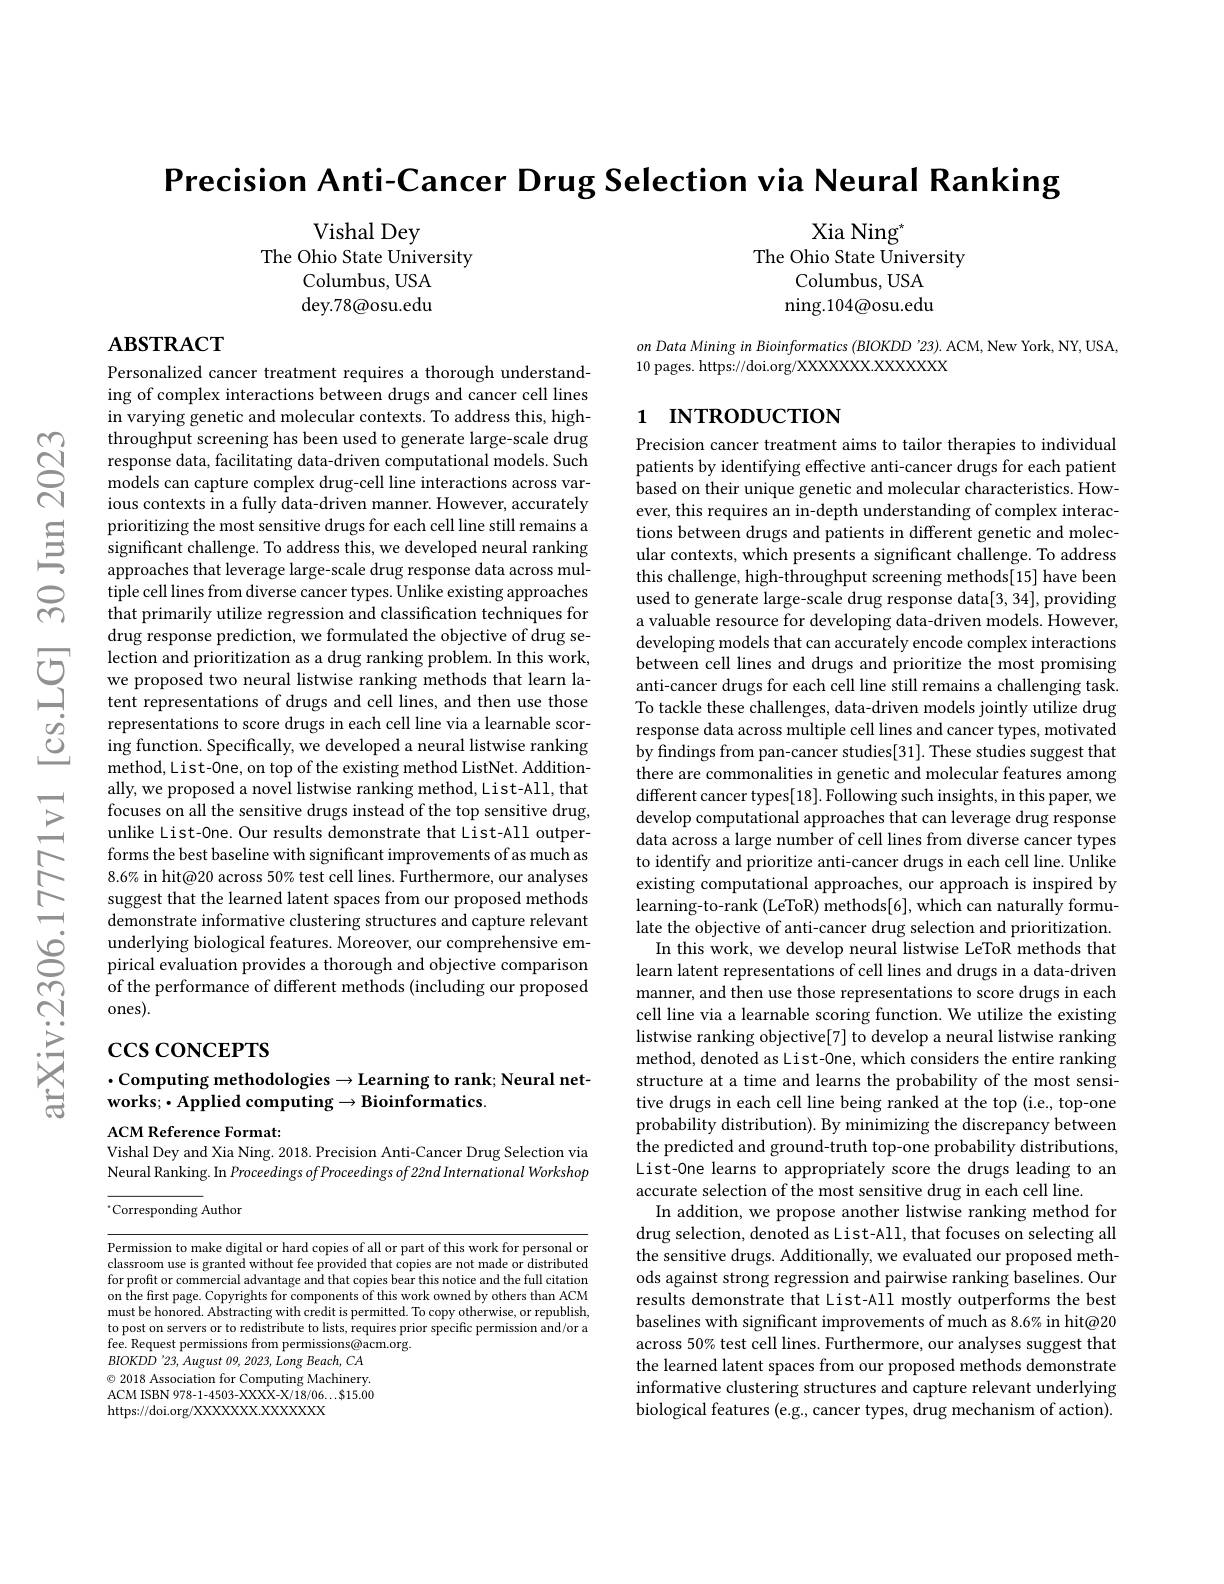
Precision Anti-Cancer Drug Selection via Neural Ranking

Vishal Dey
The Ohio State University
Columbus, USA dey. 78@ osu. edu

Xia Ning$^{*}$
The Ohio State University
Columbus, USA ning.104@osu.edu

$\mathbf{ABSTRACT}$

on Data Mining in Bioinformatics (BIOKDD '23). ACM, New York, NY, USA,
10 pages. https://doi.org/XXXXXXX.XXXXX

## 1 INTRODUCTION

Personalized cancer treatment requires a thorough understanding of complex interactions between drugs and cancer cell lines in varying genetic and molecular contexts. To address this, highthroughput screening has been used to generate large-scale drug response data, facilitating data-driven computational models. Such models can capture complex drug-cell line interactions across various contexts in a fully data-driven manner. However, accurately prioritizing the most sensitive drugs for each cell line still remains a significant challenge. To address this, we developed neural ranking approaches that leverage large-scale drug response data across multiple cell lines from diverse cancer types. Unlike existing approaches that primarily utilize regression and classification techniques for drug response prediction, we formulated the objective of drug se-
lection and prioritization as a drug rankin
representations to score drugs in each cell line via a learnable scoring function. Specifically, we developed a neural listwise ranking method,List-One, on top of the existing method ListNet. Additionally, we proposed a novel listwise ranking method, List-All, that focuses on all the sensitive drugs instead of the top sensitive drug, unlike List-0ne. Our results demonstrate that List-All outperforms the best baseline with significant improvements of as much as 8.6% in hit@20 across 50% test cell lines. Furthermore, our analyses suggest that the learned latent spaces from our proposed methods demonstrate informative clustering structures and capture relevant underlying biological features. Moreover, our comprehensive empirical evaluation provides a thorough and objective comparison of the performance of different methods (including our proposed ones).

Precision cancer treatment aims to tailor therapies to individual patients by identifying effective anti-cancer drugs for each patient based on their unique genetic and molecular characteristics. However, this requires an in-depth understanding of complex interactions between drugs and patients in different genetic and molecular contexts, which presents a significant challenge. To address this challenge, high-throughput screening methods[15] have been used to generate large-scale drug response data[3, 34], providing a valuable resource for developing data-driven models. However, developing models that can accurately encode complex interactions between cell lines and drugs and prioritize the most promising anti-cancer drugs for each cell line still remains a challenging task. To tackle these challenges, data-driven models jointly utilize drug response data across multiple cell lines and cancer types, motivated by findings from pan-cancer studies[31]. These studies suggest that there are commonalities in genetic and molecular features among different cancer types[18]. Following such insights, in this paper, we develop computational approaches that can leverage drug response data across a large number of cell lines from diverse cancer types to identify and prioritize anti-cancer drugs in each cell line. Unlike existing computational approaches, our approach is inspired by learning-to-rank (LeToR) methods[6], which can naturally formulate the objective of anti-cancer drug selection and prioritization. In this work, we develop neural listwise LeToR methods that
learn latent representations of cell lines and drugs in a data-driven manner, and then use those representations to score drugs in each cell line via a learnable scoring function. We utilize the existing listwise ranking objective[7] to develop a neural listwise ranking method, denoted as List-0ne, which considers the entire ranking structure at a time and learns the probability of the most sensitive drugs in each cell line being ranked at the top (i.e., top-one probability distribution). By minimizing the discrepancy between the predicted and ground-truth top-one probability distributions, List-0ne learns to appropriately score the drugs leading to an accurate selection of the most sensitive drug in each cell line.
In addition, we propose another listwise ranking method for drug selection, denoted as List-All, that focuses on selecting all the sensitive drugs. Additionally, we evaluated our proposed methods against strong regression and pairwise ranking baselines. Our results demonstrate that List-All mostly outperforms the best baselines with significant improvements of much as 8.6% in hit@20 across 50% test cell lines. Furthermore, our analyses suggest that the learned latent spaces from our proposed methods demonstrate informative clustering structures and capture relevant underlying biological features (e.g., cancer types, drug mechanism of action).

$\csc\cos$coNCEPTS

## $\cdot$Computing methodologies$\to$Learning to rank; Neural net- $\mathbf{works};\bullet\mathbf{Applied~computing}\to\mathbf{Bioinformatics}.$

ACM Reference Format:
Vishal Dey and Xia Ning. 2018. Precision Anti-Cancer Drug Selection via

Neural Ranking. In Proceedings $ofProceedingsof22nd$ International Workshop

$^{*}$Corresponding Author

Permission to make digital or hard copies of all or part of this work for personal or classroom use is granted without fee provided that copies are not made or distributed for profit or commercial advantage and that copies bear this notice and the full citation on the first page. Copyrights for components of this work owned by others than ACM must be honored. Abstracting with credit is permitted. To copy otherwise, or republish, to post on servers or to redistribute to lists, requires prior specific permission and/or a fee. Request permissions from permissions@acm.org.
$BIOKDD^{\prime}23,August09,2023,\dot{Long}Beach,CA$ $\odot$ 2018 Association for Computing Machinery. ACM ISBN 978-1-4503-XXXX-X/18/06...$15.00 https://doi.org/XXXXXX.XXXXXX